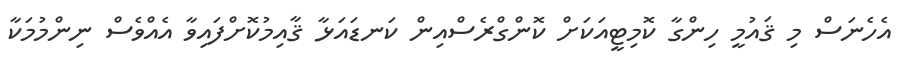
އެހެނަސް މި ޤައުމީ ހިންގާ ކޮމިޓީއަކަށް ކޮންގްރެސްއިން ކަނޑައަޅާ ޤާއިމުކޮށްފައިވާ އެއްވެސް ނިންމުމަކާ